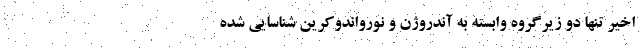
اخیر تنها دو زیرگروه وابسته به آندروژن و نورواندوکرین شناسایی شده